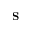
\mathrm { \bf S }